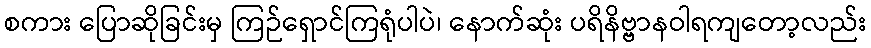
စကား ပြောဆိုခြင်းမှ ကြဉ်ရှောင်ကြရုံပါပဲ၊ နောက်ဆုံး ပရိနိဗ္ဗာနဝါရကျတော့လည်း